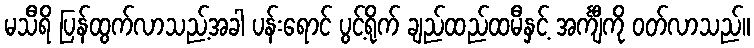
မသီရိ ပြန်ထွက်လာသည့်အခါ ပန်းရောင် ပွင့်ရိုက် ချည်ထည်ထမီနှင့် အင်္ကျီကို ဝတ်လာသည်။